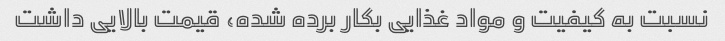
نسبت به کیفیت و مواد غذایی بکار برده شده، قیمت بالایی داشت